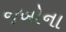
જખોના